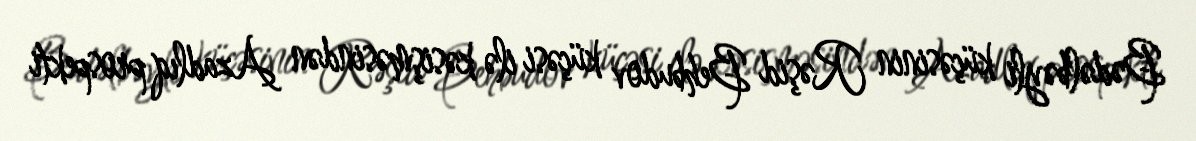
Bədəlbəyli küçəsinin Rəşid Behbudov küçəsi ilə kəsişməsindən Azadlıq prospekti